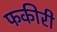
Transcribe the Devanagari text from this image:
फकीरी